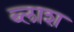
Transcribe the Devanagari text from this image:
ब्लाश